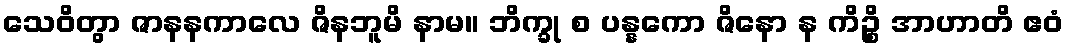
သေဝိတွာ ဇာနနကာလေ ဇိနဘူမိ နာမ။ ဘိက္ခု စ ပန္နကော ဇိနော န ကိဉ္စိ အာဟာတိ ဧဝံ